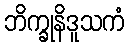
ဘိက္ခုနိဒူသကံ